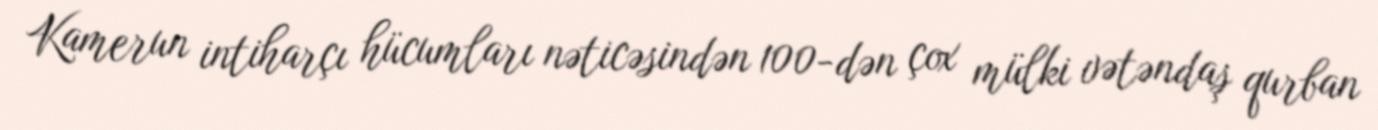
Kamerun intiharçı hücumları nəticəsindən 100-dən çox mülki vətəndaş qurban